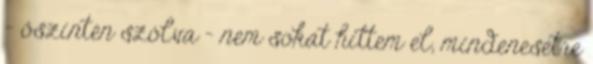
– őszintén szólva – nem sokat hittem el, mindenesetre